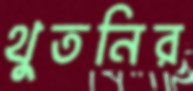
থুতনির